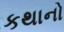
કથાનો